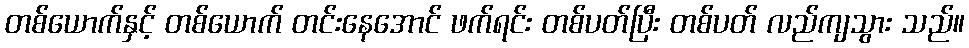
တစ်ယောက်နှင့် တစ်ယောက် တင်းနေအောင် ဖက်ရင်း တစ်ပတ်ပြီး တစ်ပတ် လည်ကျသွား သည်။